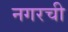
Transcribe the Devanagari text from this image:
नगरची